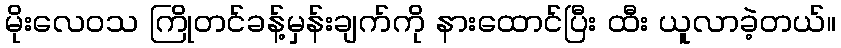
မိုးလေဝသ ကြိုတင်ခန့်မှန်းချက်ကို နားထောင်ပြီး ထီး ယူလာခဲ့တယ်။